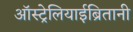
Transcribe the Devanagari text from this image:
ऑस्ट्रेलियाईब्रितानी